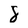
Character: 8